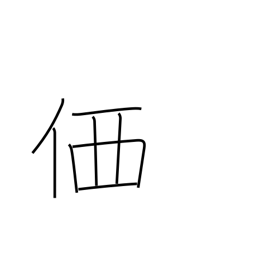
Meaning: price